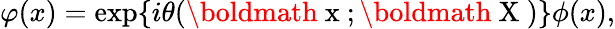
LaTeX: \varphi(x)=\exp\{ i\theta(\mathrm{\boldmath~x~};\mathrm{\boldmath~X~})\} \phi(x),